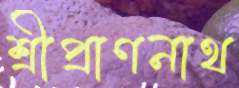
শ্রীপ্রাণনাথ